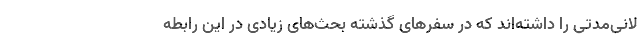
لانی‌مدتی را داشته‌اند که در سفرهای گذشته بحث‌های زیادی در این رابطه